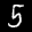
Label: 5